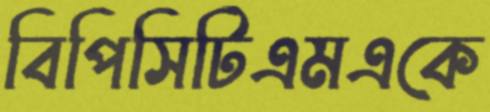
বিপিসিটিএমএকে